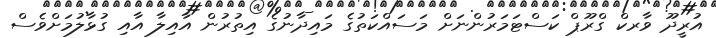
އުރީދޫ ވާރކް ގްރޫޕް ކަސްޓަމަރުންނަށް މަސައްކަތުގެ މައިދާނުގެ އިތުރުން އާއިލާ އާއި ގުޅާލުމަށްވެސް